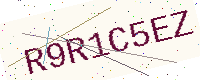
Text: R9R1C5EZ